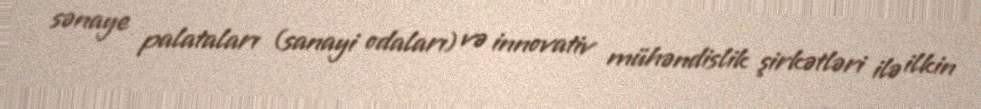
sənaye palataları (sanayi odaları) və innovativ mühəndislik şirkətləri ilə ilkin